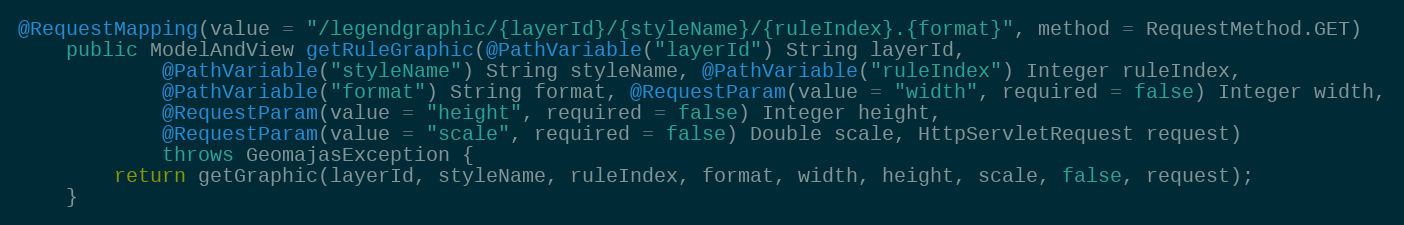
Language: Java
@RequestMapping(value = "/legendgraphic/{layerId}/{styleName}/{ruleIndex}.{format}", method = RequestMethod.GET)
	public ModelAndView getRuleGraphic(@PathVariable("layerId") String layerId,
			@PathVariable("styleName") String styleName, @PathVariable("ruleIndex") Integer ruleIndex,
			@PathVariable("format") String format, @RequestParam(value = "width", required = false) Integer width,
			@RequestParam(value = "height", required = false) Integer height,
			@RequestParam(value = "scale", required = false) Double scale, HttpServletRequest request)
			throws GeomajasException {
		return getGraphic(layerId, styleName, ruleIndex, format, width, height, scale, false, request);
	}